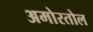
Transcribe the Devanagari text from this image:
अमोरतोल